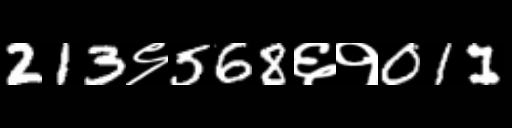
Text: 213९568६१011